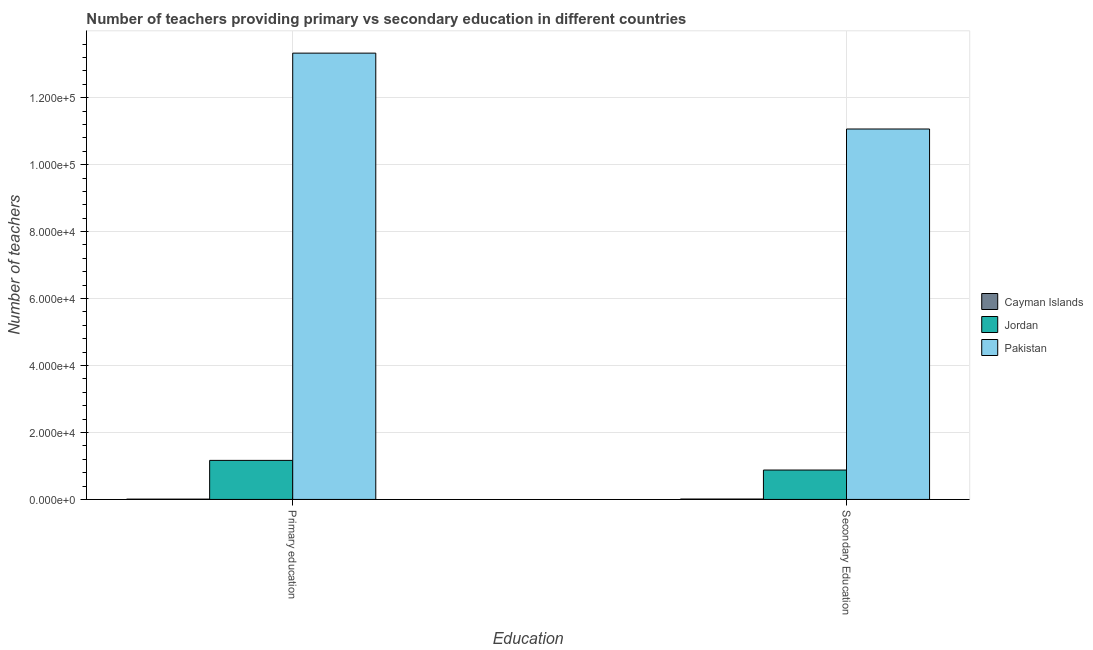
| Education | Cayman Islands | Jordan | Pakistan |
 | --- | --- | --- | --- |
 | Primary education | 88 | 1.17e+04 | 1.33e+05 |
 | Secondary Education | 114 | 8.78e+03 | 1.11e+05 |